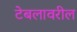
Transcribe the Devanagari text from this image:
टेबलावरील